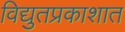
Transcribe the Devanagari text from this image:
विद्युतप्रकाशात